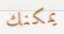
يمكنك